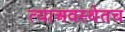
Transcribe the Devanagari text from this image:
त्याअवस्थेतच